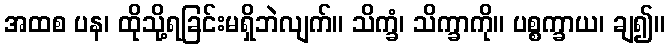
အထစ ပန၊ ထိုသို့ရခြင်းမရှိဘဲလျက်။ သိက္ခံ၊ သိက္ခာကို။ ပစ္စက္ခာယ၊ ချ၍။